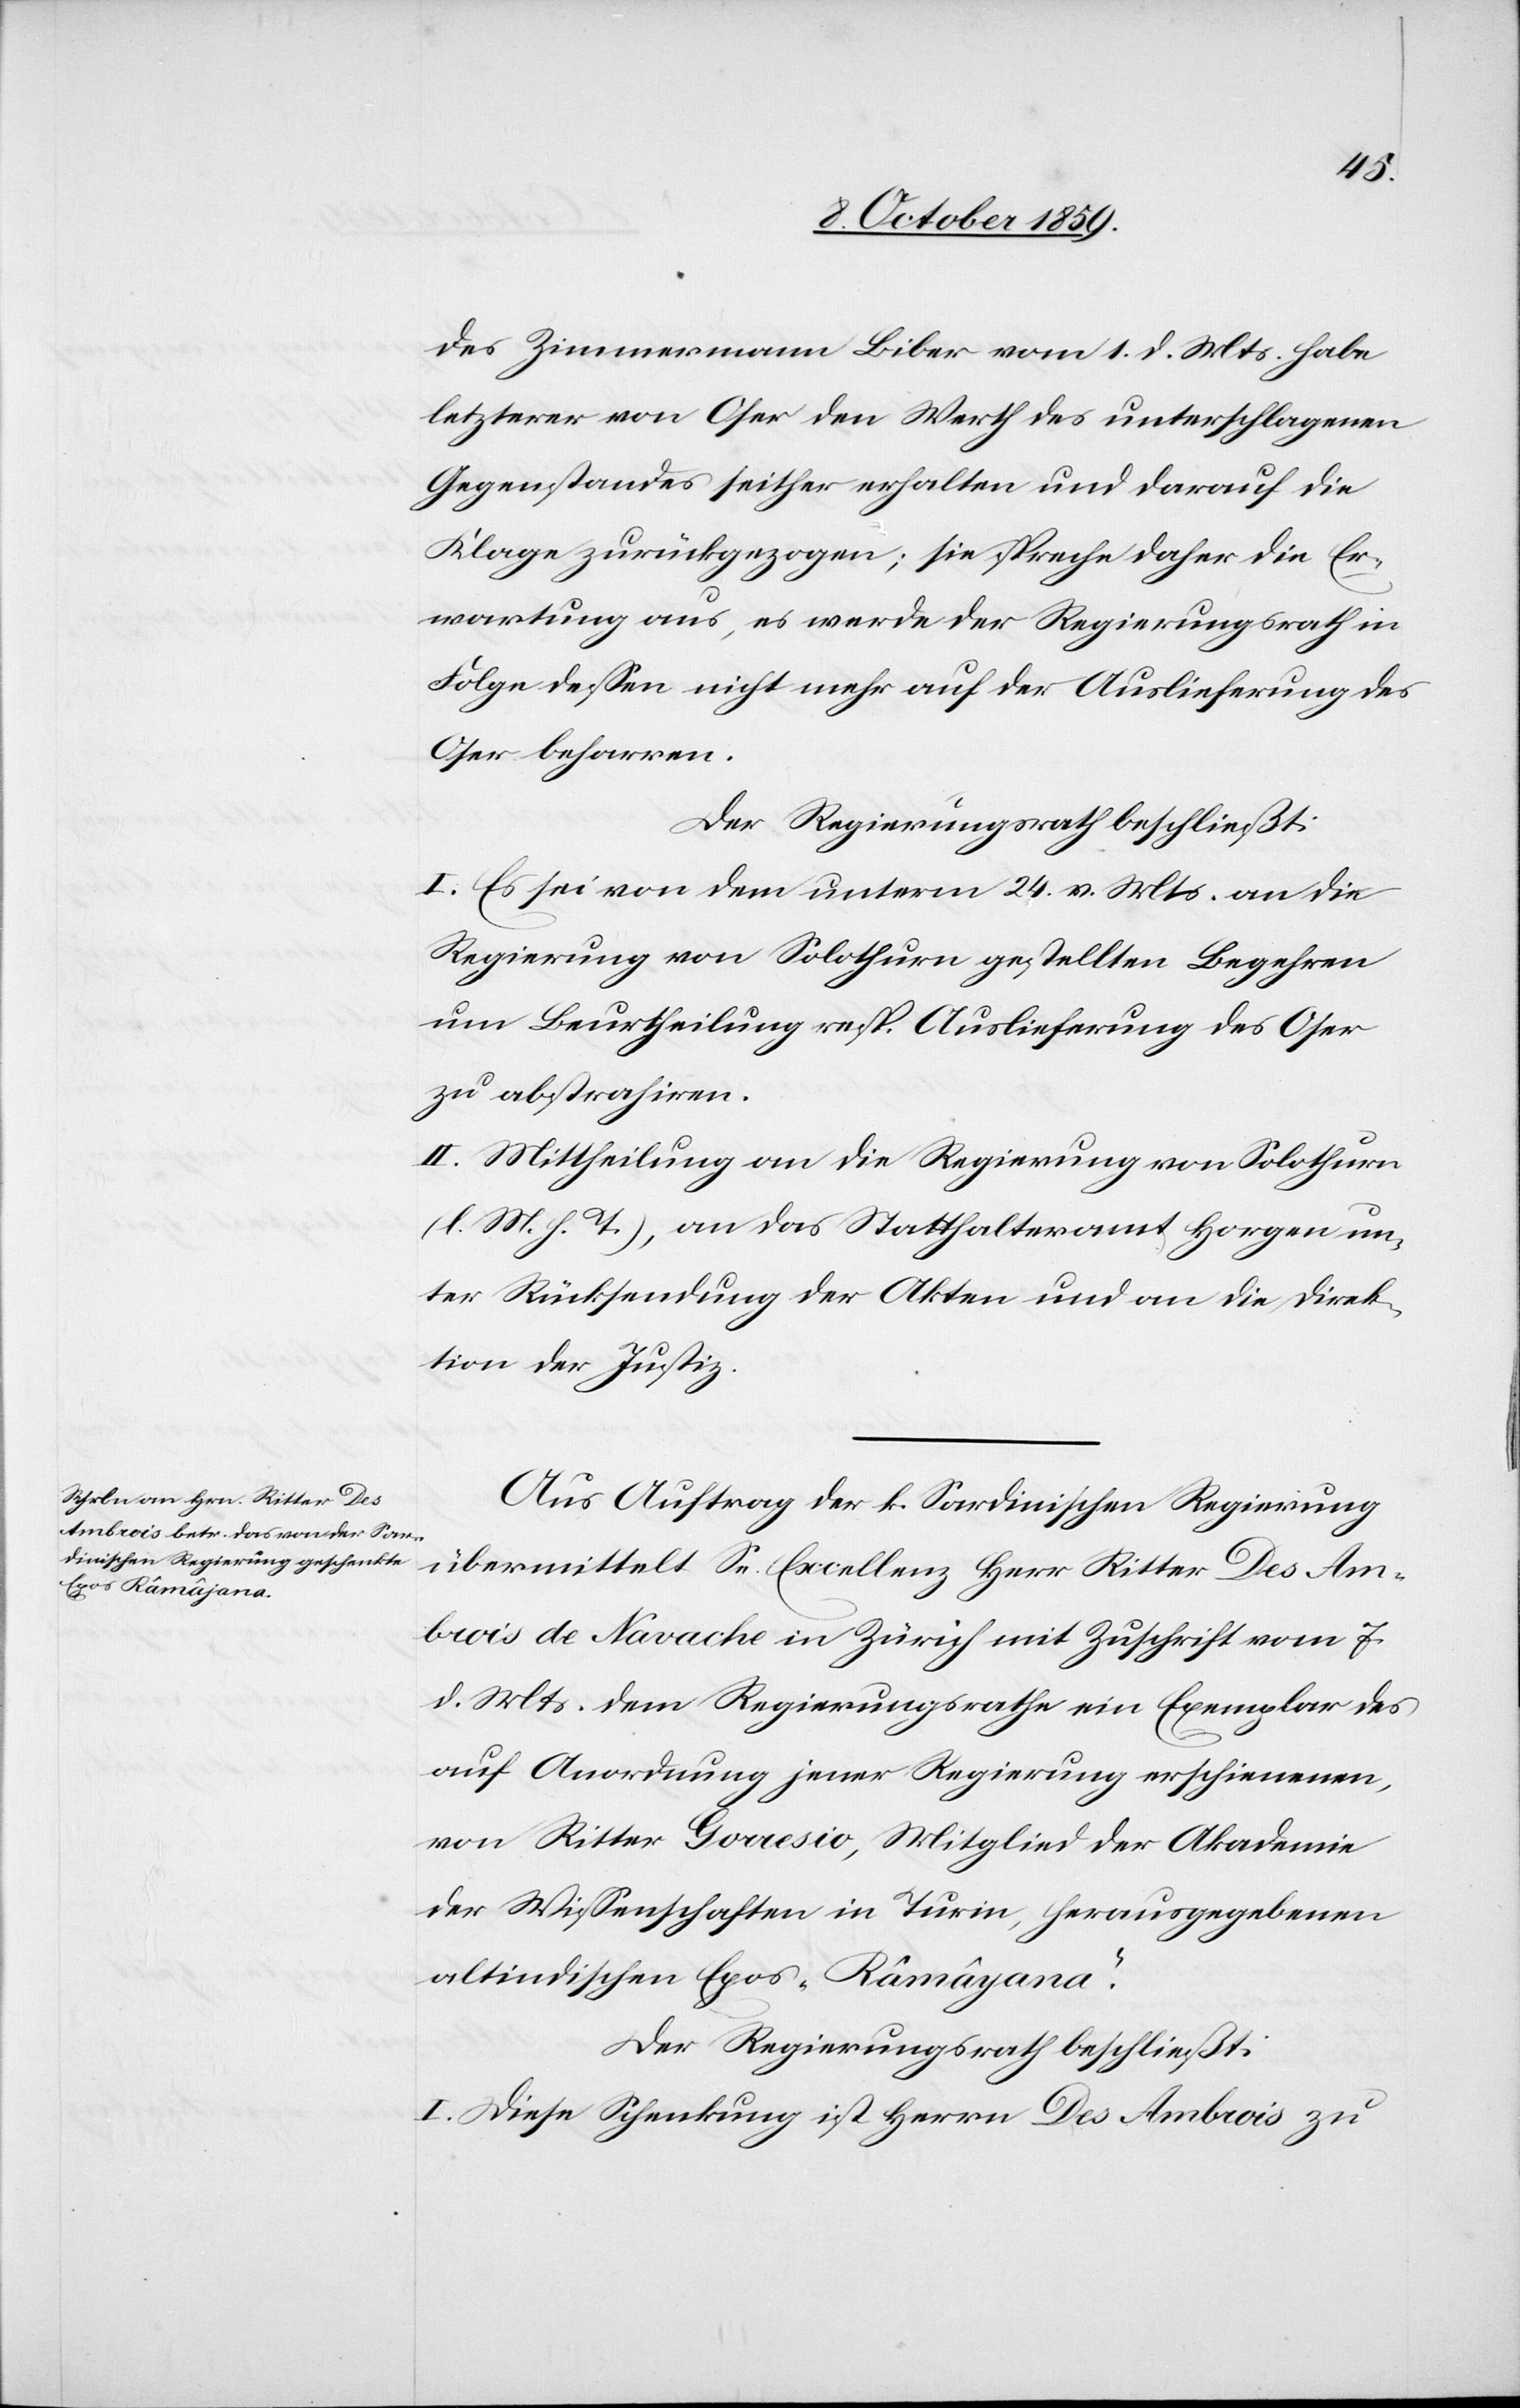
des Zimmermann Biber vom 1. d. Mts. habe
letzterer von Oser den Werth des unterschlagenen
Gegenstandes seither erhalten und darauf die
Klage zurückgezogen; sie spreche daher die Er¬
wartung aus, es werde der Regierungsrath in
Folge dessen nicht mehr auf der Auslieferung des
Oser beharren.
Der Regierungsrath beschließt:
I. Es sei von dem unterm 24. v. Mts. an die
Regierung von Solothurn gestellten Begehren
um Beurtheilung resp. Auslieferung des Oser
zu abstrahiren.
II. Mittheilung an die Regierung von Solothurn
(l. M. h. T.), an das Statthalteramt Horgen un¬
ter Rücksendung der Akten und an die Direk¬
tion der Justiz.
Aus Auftrag der k. Sardinischen Regierung
übermittelt Sn. Excellenz Herr Ritter Des Am¬
brois de Navache in Zürich mit Zuschrift vom 7.
d. Mts. dem Regierungsrath ein Exemplar des
auf Anordnung jener Regierung erschienenen,
von Ritter Goaesio, Mitglied der Akademie
der Wissenschaften in Turin, herausgegebene
altindische Epos "Râmâyana"
Der Regierungsrath beschließt:
I. Diese Schenkung ist Herrn des Abrois zu